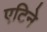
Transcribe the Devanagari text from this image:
एटिने